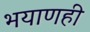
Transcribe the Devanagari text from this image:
भयाणही